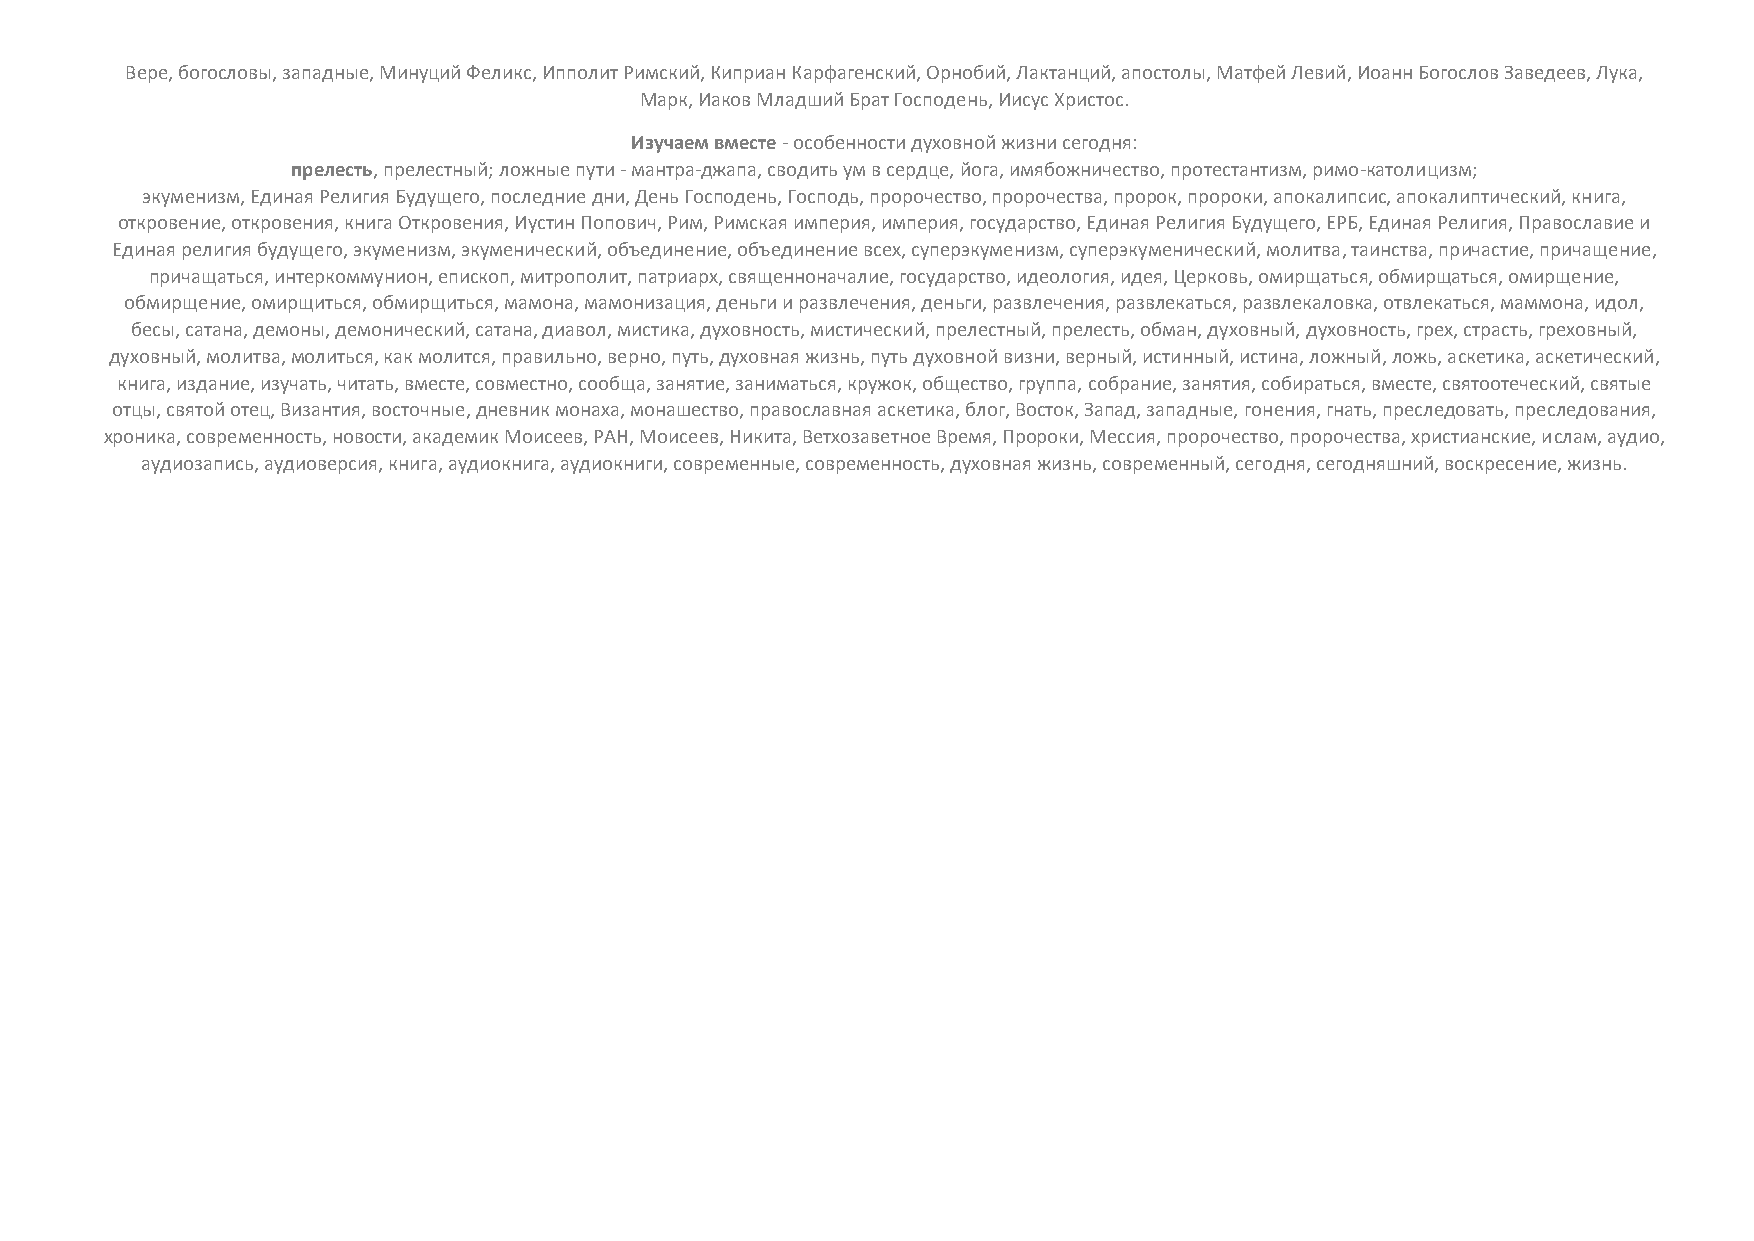
Вере, богословы, западные, Минуций Феликс, Ипполит Римский, Киприан Карфагенский, Орнобий, Лактанций, апостолы, Матфей Левий, Иоанн Богослов Заведеев, Лука,
 Марк, Иаков Младший Брат Господень, Иисус Христос.
 Изучаем вместе - особенности духовной жизни сегодня:
 прелесть, прелестный; ложные пути - мантра-джапа, сводить ум в сердце, йога, имябожничество, протестантизм, римо-католицизм;
 экуменизм, Единая Религия Будущего, последние дни, День Господень, Господь, пророчество, пророчества, пророк, пророки, апокалипсис, апокалиптический, книга,
 откровение, откровения, книга Откровения, Иустин Попович, Рим, Римская империя, империя, государство, Единая Религия Будущего, ЕРБ, Единая Религия, Православие и
 Единая религия будущего, экуменизм, экуменический, объединение, объединение всех, суперэкуменизм, суперэкуменический, молитва, таинства, причастие, причащение,
 причащаться, интеркоммунион, епископ, митрополит, патриарх, священноначалие, государство, идеология, идея, Церковь, омирщаться, обмирщаться, омирщение,
 обмирщение, омирщиться, обмирщиться, мамона, мамонизация, деньги и развлечения, деньги, развлечения, развлекаться, развлекаловка, отвлекаться, маммона, идол,
 бесы, сатана, демоны, демонический, сатана, диавол, мистика, духовность, мистический, прелестный, прелесть, обман, духовный, духовность, грех, страсть, греховный,
 духовный, молитва, молиться, как молится, правильно, верно, путь, духовная жизнь, путь духовной визни, верный, истинный, истина, ложный, ложь, аскетика, аскетический,
 книга, издание, изучать, читать, вместе, совместно, сообща, занятие, заниматься, кружок, общество, группа, собрание, занятия, собираться, вместе, святоотеческий, святые
 отцы, святой отец, Византия, восточные, дневник монаха, монашество, православная аскетика, блог, Восток, Запад, западные, гонения, гнать, преследовать, преследования,
 хроника, современность, новости, академик Моисеев, РАН, Моисеев, Никита, Ветхозаветное Время, Пророки, Мессия, пророчество, пророчества, христианские, ислам, аудио,
 аудиозапись, аудиоверсия, книга, аудиокнига, аудиокниги, современные, современность, духовная жизнь, современный, сегодня, сегодняшний, воскресение, жизнь.